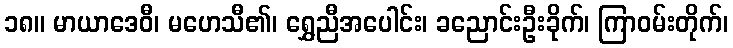
၁၈။ မာယာဒေဝီ၊ မဟေသီ၏၊ ရွှေညီအပေါင်း၊ ခညောင်းဦးခိုက်၊ ကြာဝမ်းတိုက်၊